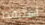
أستيقظ